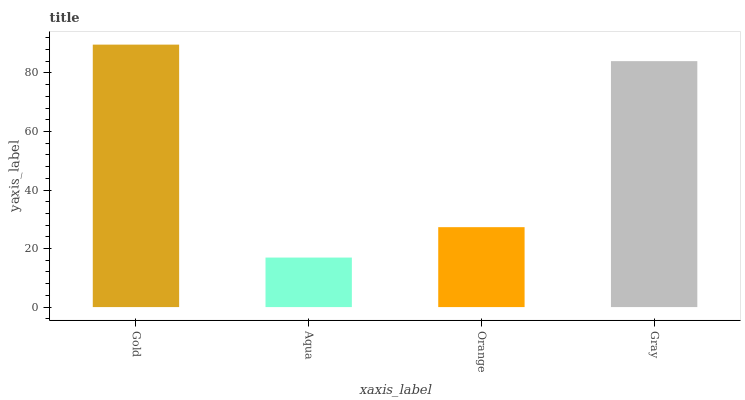
| xaxis_label | bars |
 | --- | --- |
 | Gold | 89.7 |
 | Aqua | 16.9 |
 | Orange | 27.3 |
 | Gray | 84.1 |